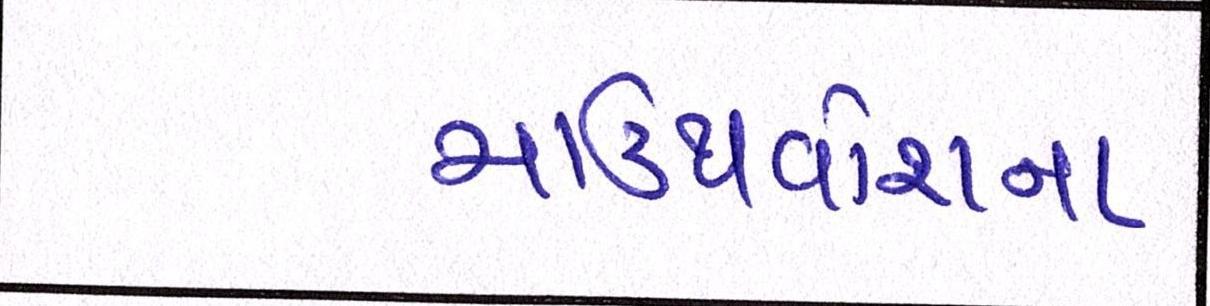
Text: માઉથવોશના